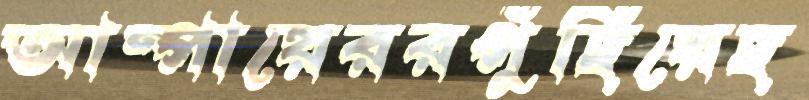
আম্পায়েররপুঁছিয়েছ